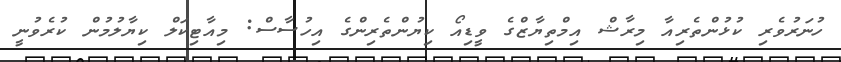
ހުނަރުވެރި ކުޅުންތެރިއާ މިރާޝް އިމްތިޔާޒްގެ ވީޑިއޯ ކިޔުންތެރިންގެ އިހުސާސް: މިއާޓިކަލް ކިޔާލުމުން ކުރެވުނީ